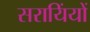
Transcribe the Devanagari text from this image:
सरायिंयों